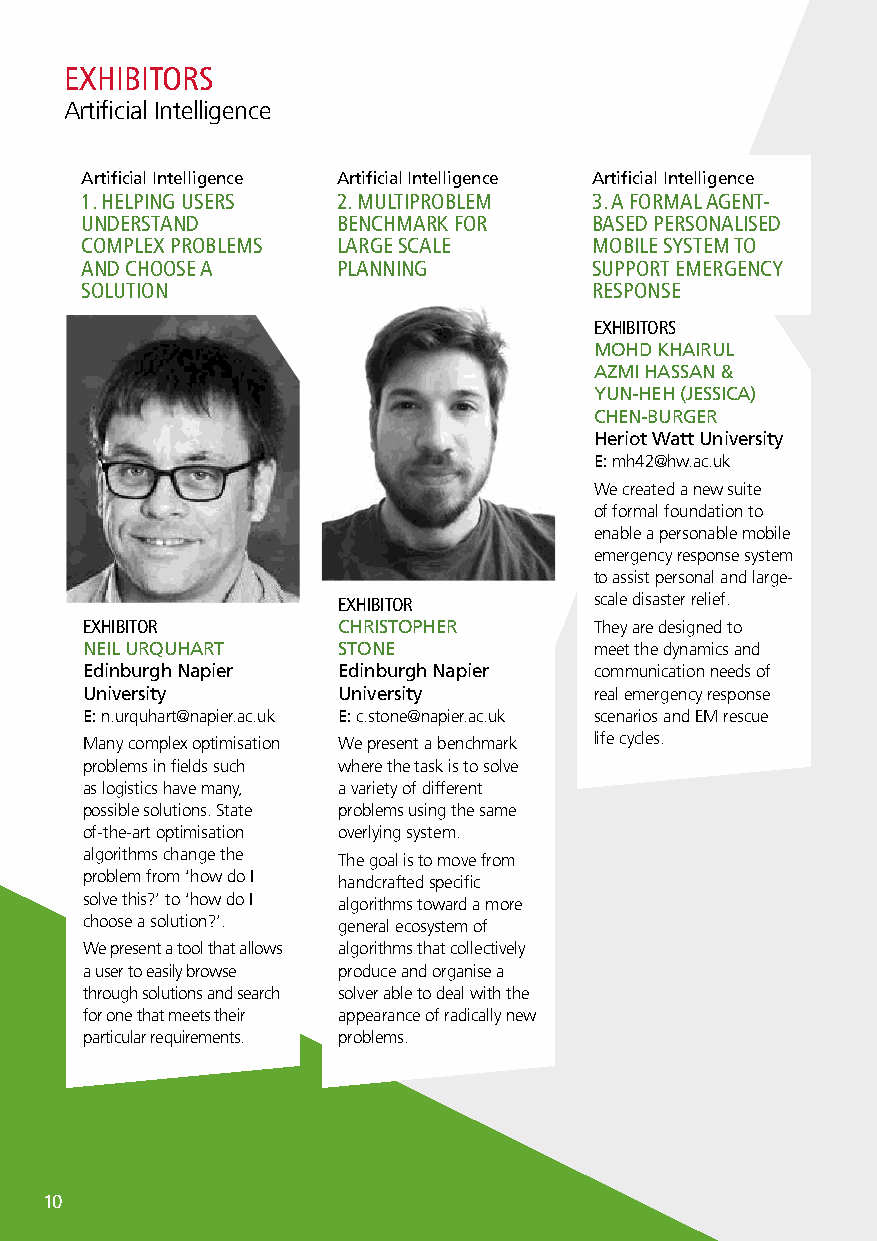
EXHIBITORS
 Artificial Intelligence
 Artificial Intelligence Artificial Intelligence Artificial Intelligence
 1. HELPING USERS 2. MULTIPROBLEM  3. A FORMAL AGENT-
 UNDERSTAND       BENCHMARK FOR    BASED PERSONALISED
 COMPLEX PROBLEMS LARGE SCALE      MOBILE SYSTEM TO
 AND CHOOSE A     PLANNING         SUPPORT EMERGENCY
 SOLUTION                          RESPONSE
 EXHIBITORS
 MOHD KHAIRUL
 AZMI HASSAN &
 YUN-HEH (JESSICA)
 CHEN-BURGER
 Heriot Watt University
 E: mh42@hw.ac.uk
 We created a new suite
 of formal foundation to
 enable a personable mobile
 emergency response system
 to assist personal and large-
 EXHIBITOR        scale disaster relief.
 EXHIBITOR        CHRISTOPHER      They are designed to
 NEIL URQUHART    STONE            meet the dynamics and
 Edinburgh Napier Edinburgh Napier communication needs of
 University       University       real emergency response
 E: n.urquhart@napier.ac.uk E: c.stone@napier.ac.uk scenarios and EM rescue
 Many complex optimisation We present a benchmark life cycles.
 problems in fields such where the task is to solve
 as logistics have many, a variety of different
 possible solutions. State problems using the same
 of-the-art optimisation overlying system.
 algorithms change the The goal is to move from
 problem from ‘how do I handcrafted specific
 solve this?’ to ‘how do I algorithms toward a more
 choose a solution?’. general ecosystem of
 We present a tool that allows algorithms that collectively
 a user to easily browse produce and organise a
 through solutions and search solver able to deal with the
 for one that meets their appearance of radically new
 particular requirements. problems.
 10